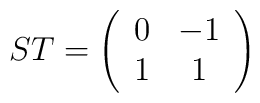
ST=\left( \begin{array}{cc}0 & -1\\1 & 1\end{array}\right)